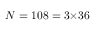
N = 1 0 8 = 3 { \times } 3 6